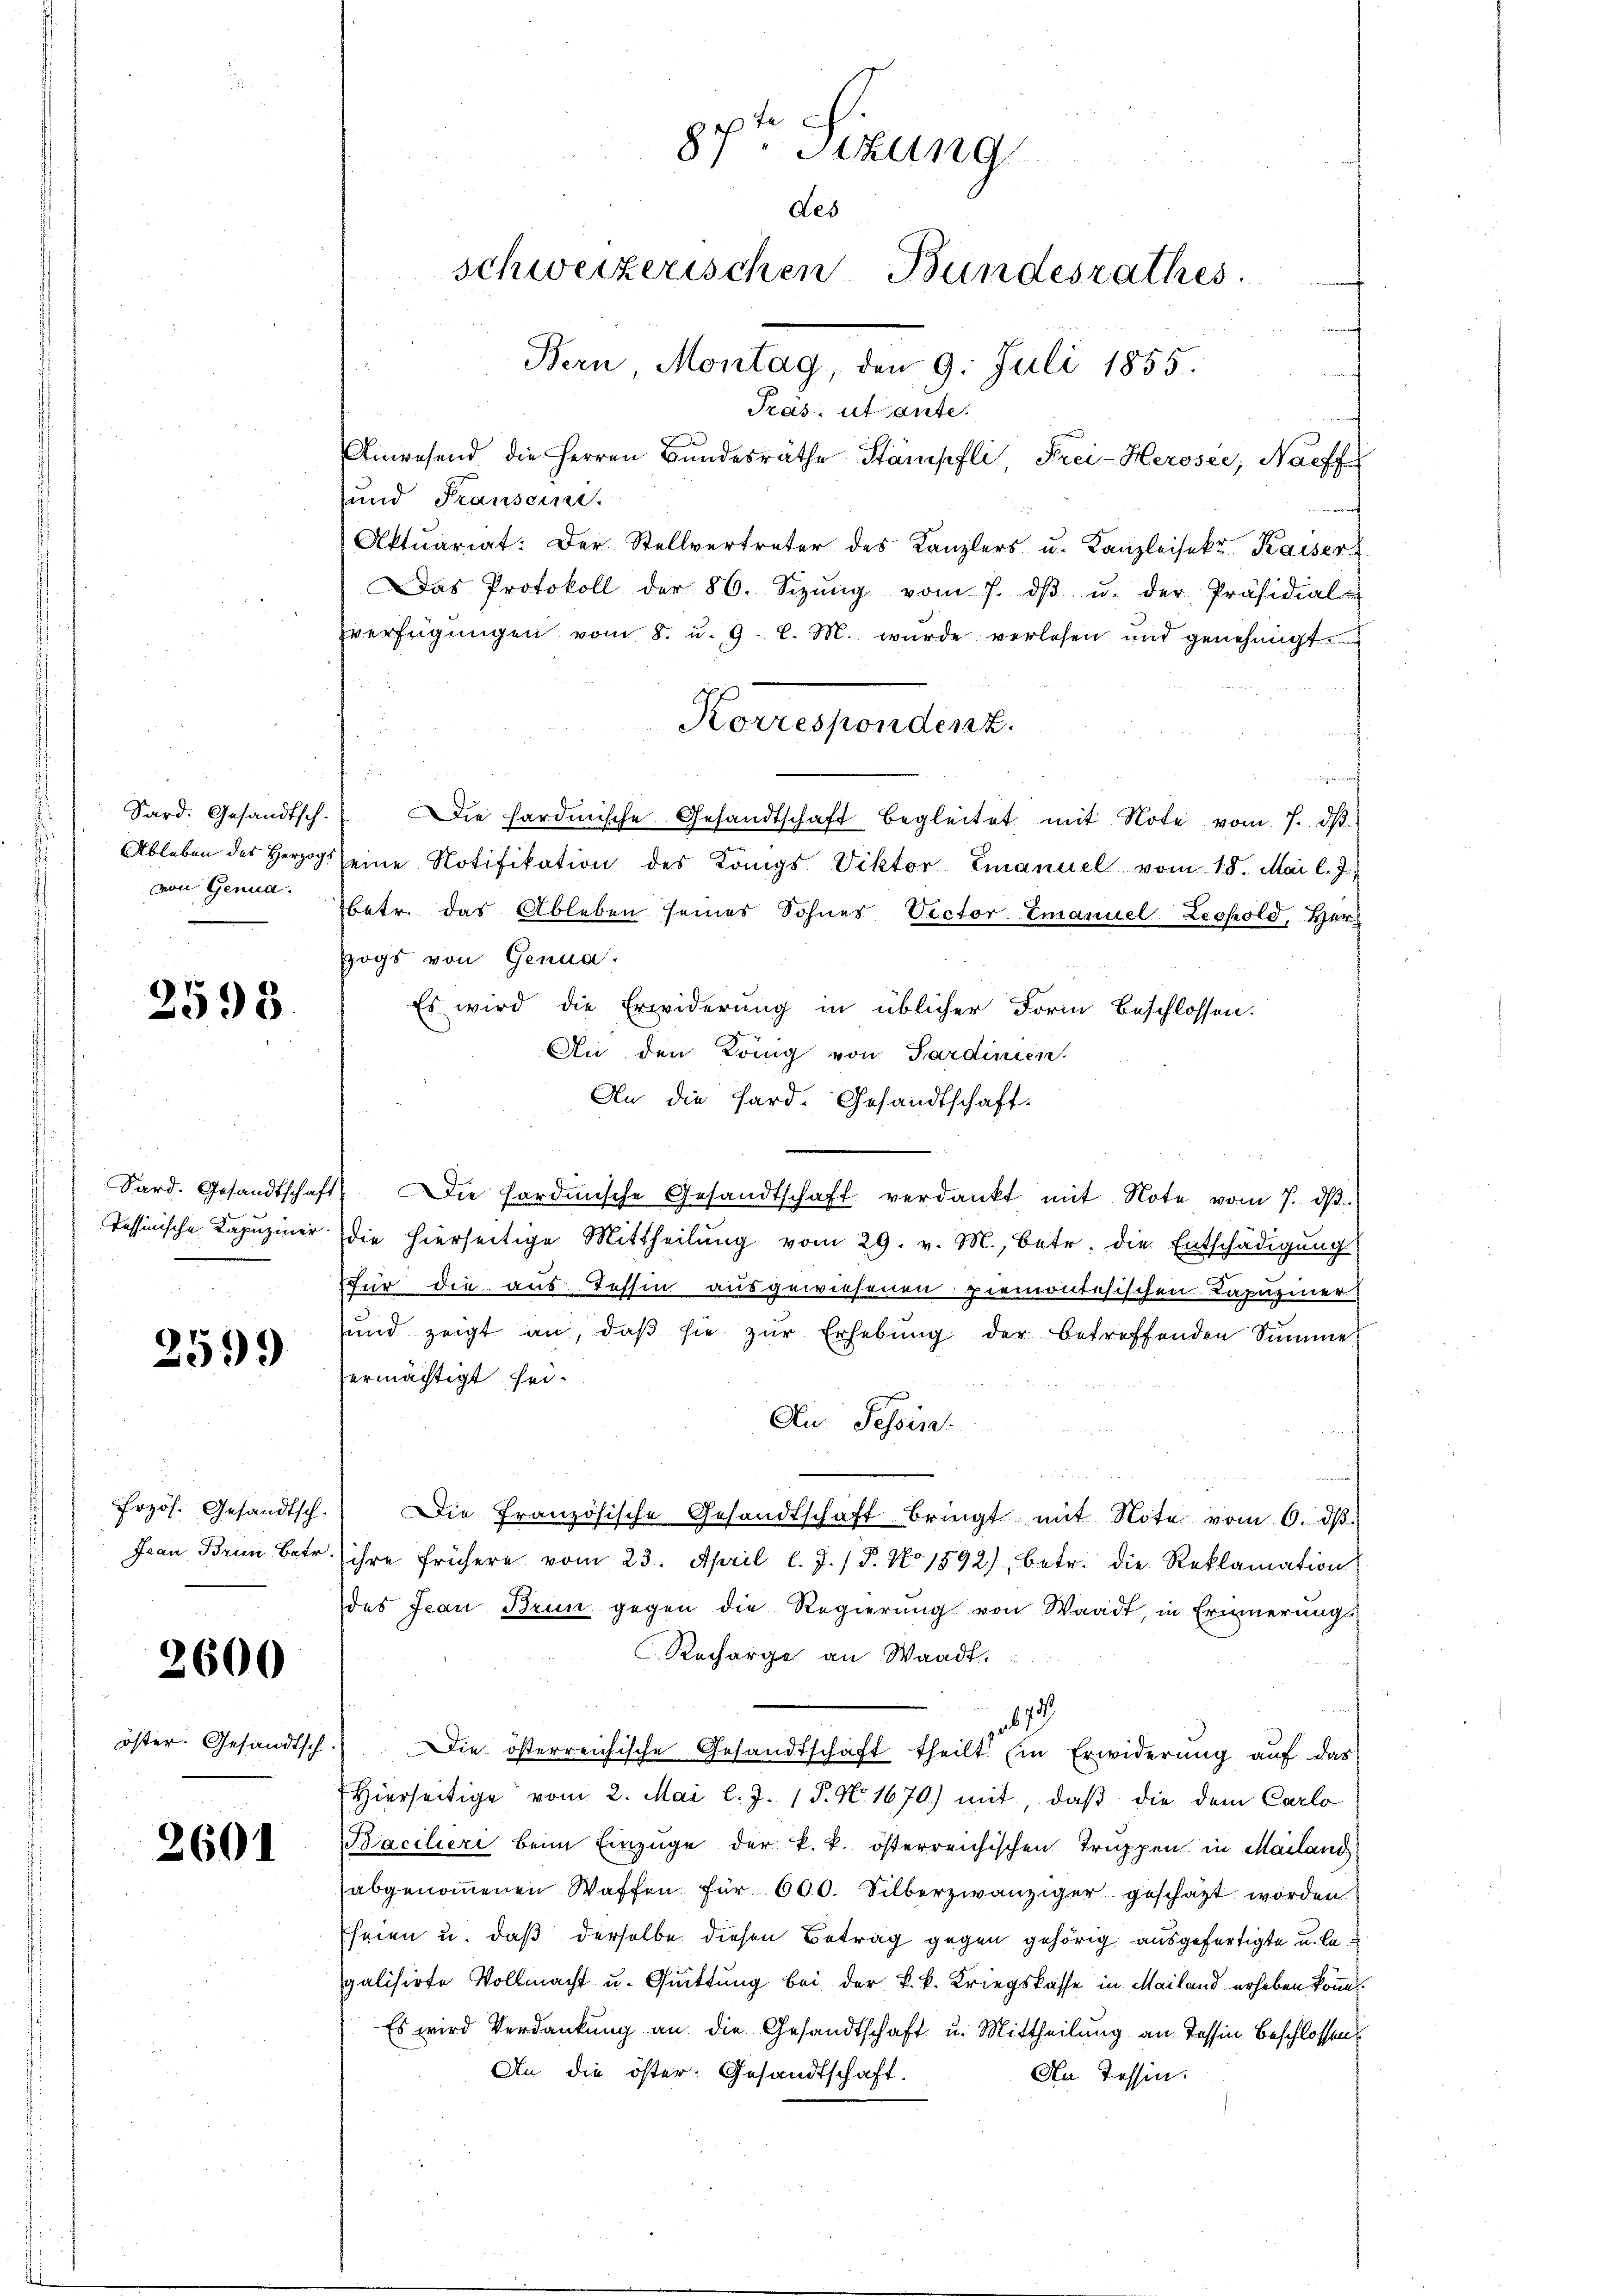
87t Sizung
des
schweizerischen Bundesrathes.
Bern Montag, den 9. Juli 1855.

Tras, ut ante.
Anwesend die Herren Bŭndesräthe Stämpfli, Frei-Heroser, Nachf
und Fransein.
f
Aktuariat: Der Stellvertreter des Kanzlers u. Kanzleisekt Kaiser
Das Protokoll der 86. Sizŭng vom 7. dβ u. der Präsidial-
verfügungen vom 8. u. 9. l. M. wurde verlesen und genehmigt.
.
Sard. Gesandtsch. Die Hardmische Gesandtschaft begleitet mit Note vom 7. dβ.
Ableben des Herzog seine Notifikation des Langs Viktor Emanuel vom 18. Mai l. J.,
betr. das Ableben seines Sohnes Pector Emanuel Leopold, Her
szogs von Genua.
Es wird die Erwiderung in üblicher Form beschlossen.
An den König von Sardinien.
An die Sard. Gesandtschaft.
Sard. Gesandtschaft. Die fordische Gesandtschaft verdankt mit Note vom 7. dβ.
die hierseitige Mittheilŭng vom 29. v. M., betr. die Entschädigŭng
für die aus Tessin ausgewiesenen Piemontesischen Kapuziner
und zeigt an, daβ sie zŭr Erhebŭng der betreffenden Summe
ermächtigt sei.
An Tessin.
n
Die Französische Gesandtschaft bringt mit Note vom 6. dβ.
Ican Brin betr. ihre frühere vom 23. April l. J. / 5. No 1592), betr. die Reklamation
des Jean Brun gegen die Regierung von Waadt, in Erinnerungs-
Recharge an Waadt
b 19
Die österreichische Gesandtschaft theilt. Ein Erwiderung auf das
Hierseitige vom 2. Mai l. J. 1 P. N. 1670) mit, daβ die dem Carlo
Kaciliere beim Einzüge der k. k. österreichischen Truppen in Mailand
abgenommenen Waffen für 600. Silberzwanziger geschäzt worden.
Eheien u. daß derselbe diesen Betrag gegen gehörig ausgefertigte u. legalisirte Vollmacht u. Quittung bei der k. k. Kriegskasse in Mailand erheben könne
Es wird Verdankung an die Gesandtschaft u. Mittheilung an Tessin. Beschlossen
An die öster. Gesandtschaft.
An Tessin.

Korrespondent.

von Genua.

2598

Tessinische Kapuziner

2599

Przös. Gesandtsch.

2600

öster Gesandtsch

2601